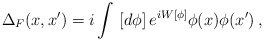
\begin{align*}\Delta_F(x,x') = i \int\,\left[d\phi\right] e^{iW[\phi]} \phi(x)\phi(x') \,,\end{align*}